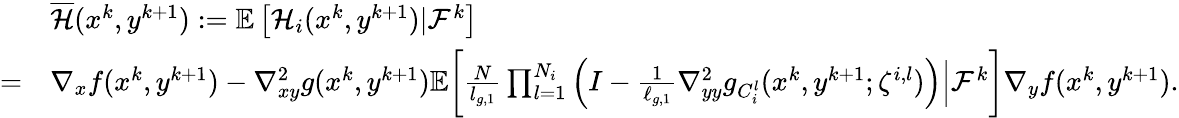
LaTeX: \begin{array}{rl}&{\overline{{\mathcal{H}}}(x^{k},y^{k+1}):=\mathbb{E}\left[\mathcal{H}_{i}(x^{k},y^{k+1})|\mathcal{F}^{k}\right]}\\ {=}&{\nabla_{x}f(x^{k},y^{k+1})-\nabla_{xy}^{2}g(x^{k},y^{k+1})\mathbb{E}\bigg[\frac{N}{l_{g,1}}\prod_{l=1}^{N_{i}}\Big(I-\frac{1}{\ell_{g,1}}\nabla_{yy}^{2}g_{C_{i}^{l}}(x^{k},y^{k+1};\zeta^{i,l})\Big)\Big|\mathcal{F}^{k}\bigg]\nabla_{y}f(x^{k},y^{k+1}).}\end{array}